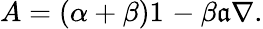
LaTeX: A=(\alpha+\beta)1_{}-\beta\mathfrak{a}\nabla.